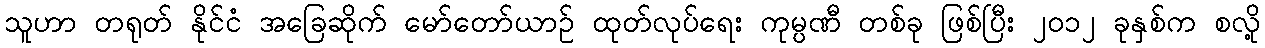
သူဟာ တရုတ် နိုင်ငံ အခြေဆိုက် မော်တော်ယာဉ် ထုတ်လုပ်ရေး ကုမ္ပဏီ တစ်ခု ဖြစ်ပြီး ၂၀၁၂ ခုနှစ်က စလို့